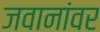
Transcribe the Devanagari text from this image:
जवानांवर